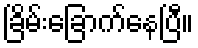
ခြိမ်းခြောက်နေပြီ။